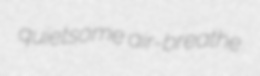
quietsome air-breathe